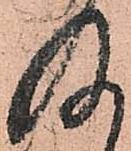
及